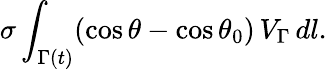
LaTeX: \sigma\int_{\Gamma(t)}(\cos\theta-\cos\theta_{0})\, V_{\Gamma}\, dl.